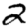
Digit: 2